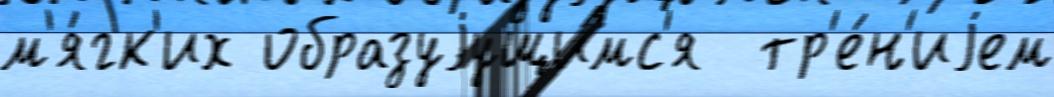
м'я́гк'их образуjущимс'я  тр'е́н'иjем